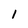
Character: 1